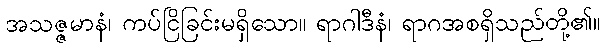
အသဇ္ဇမာနံ၊ ကပ်ငြိခြင်းမရှိသော။ ရာဂါဒီနံ၊ ရာဂအစရှိသည်တို့၏။